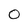
Character: 0